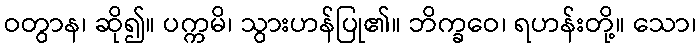
ဝတွာန၊ ဆို၍။ ပက္ကမိ၊ သွားဟန်ပြု၏။ ဘိက္ခဝေ၊ ရဟန်းတို့။ သော၊